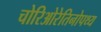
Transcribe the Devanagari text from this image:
चोरिओरेतिनोपथ्य